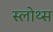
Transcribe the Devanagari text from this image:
स्लोथ्स